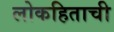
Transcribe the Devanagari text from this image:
लोकहिताची